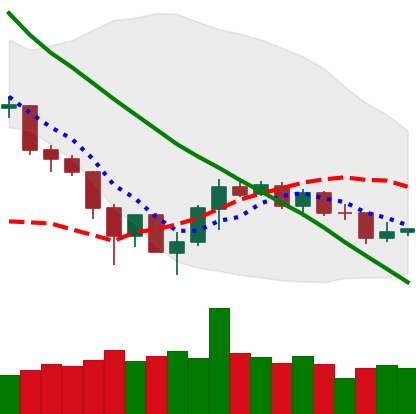
Ticker: TRX-USD
Chart end date: 2019-12-06
Forward return: -3.597%
Label: down_3_5